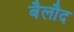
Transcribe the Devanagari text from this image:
बैलौद